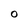
Character: 0